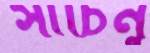
সাচিনু